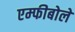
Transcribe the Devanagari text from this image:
एम्फीबोले